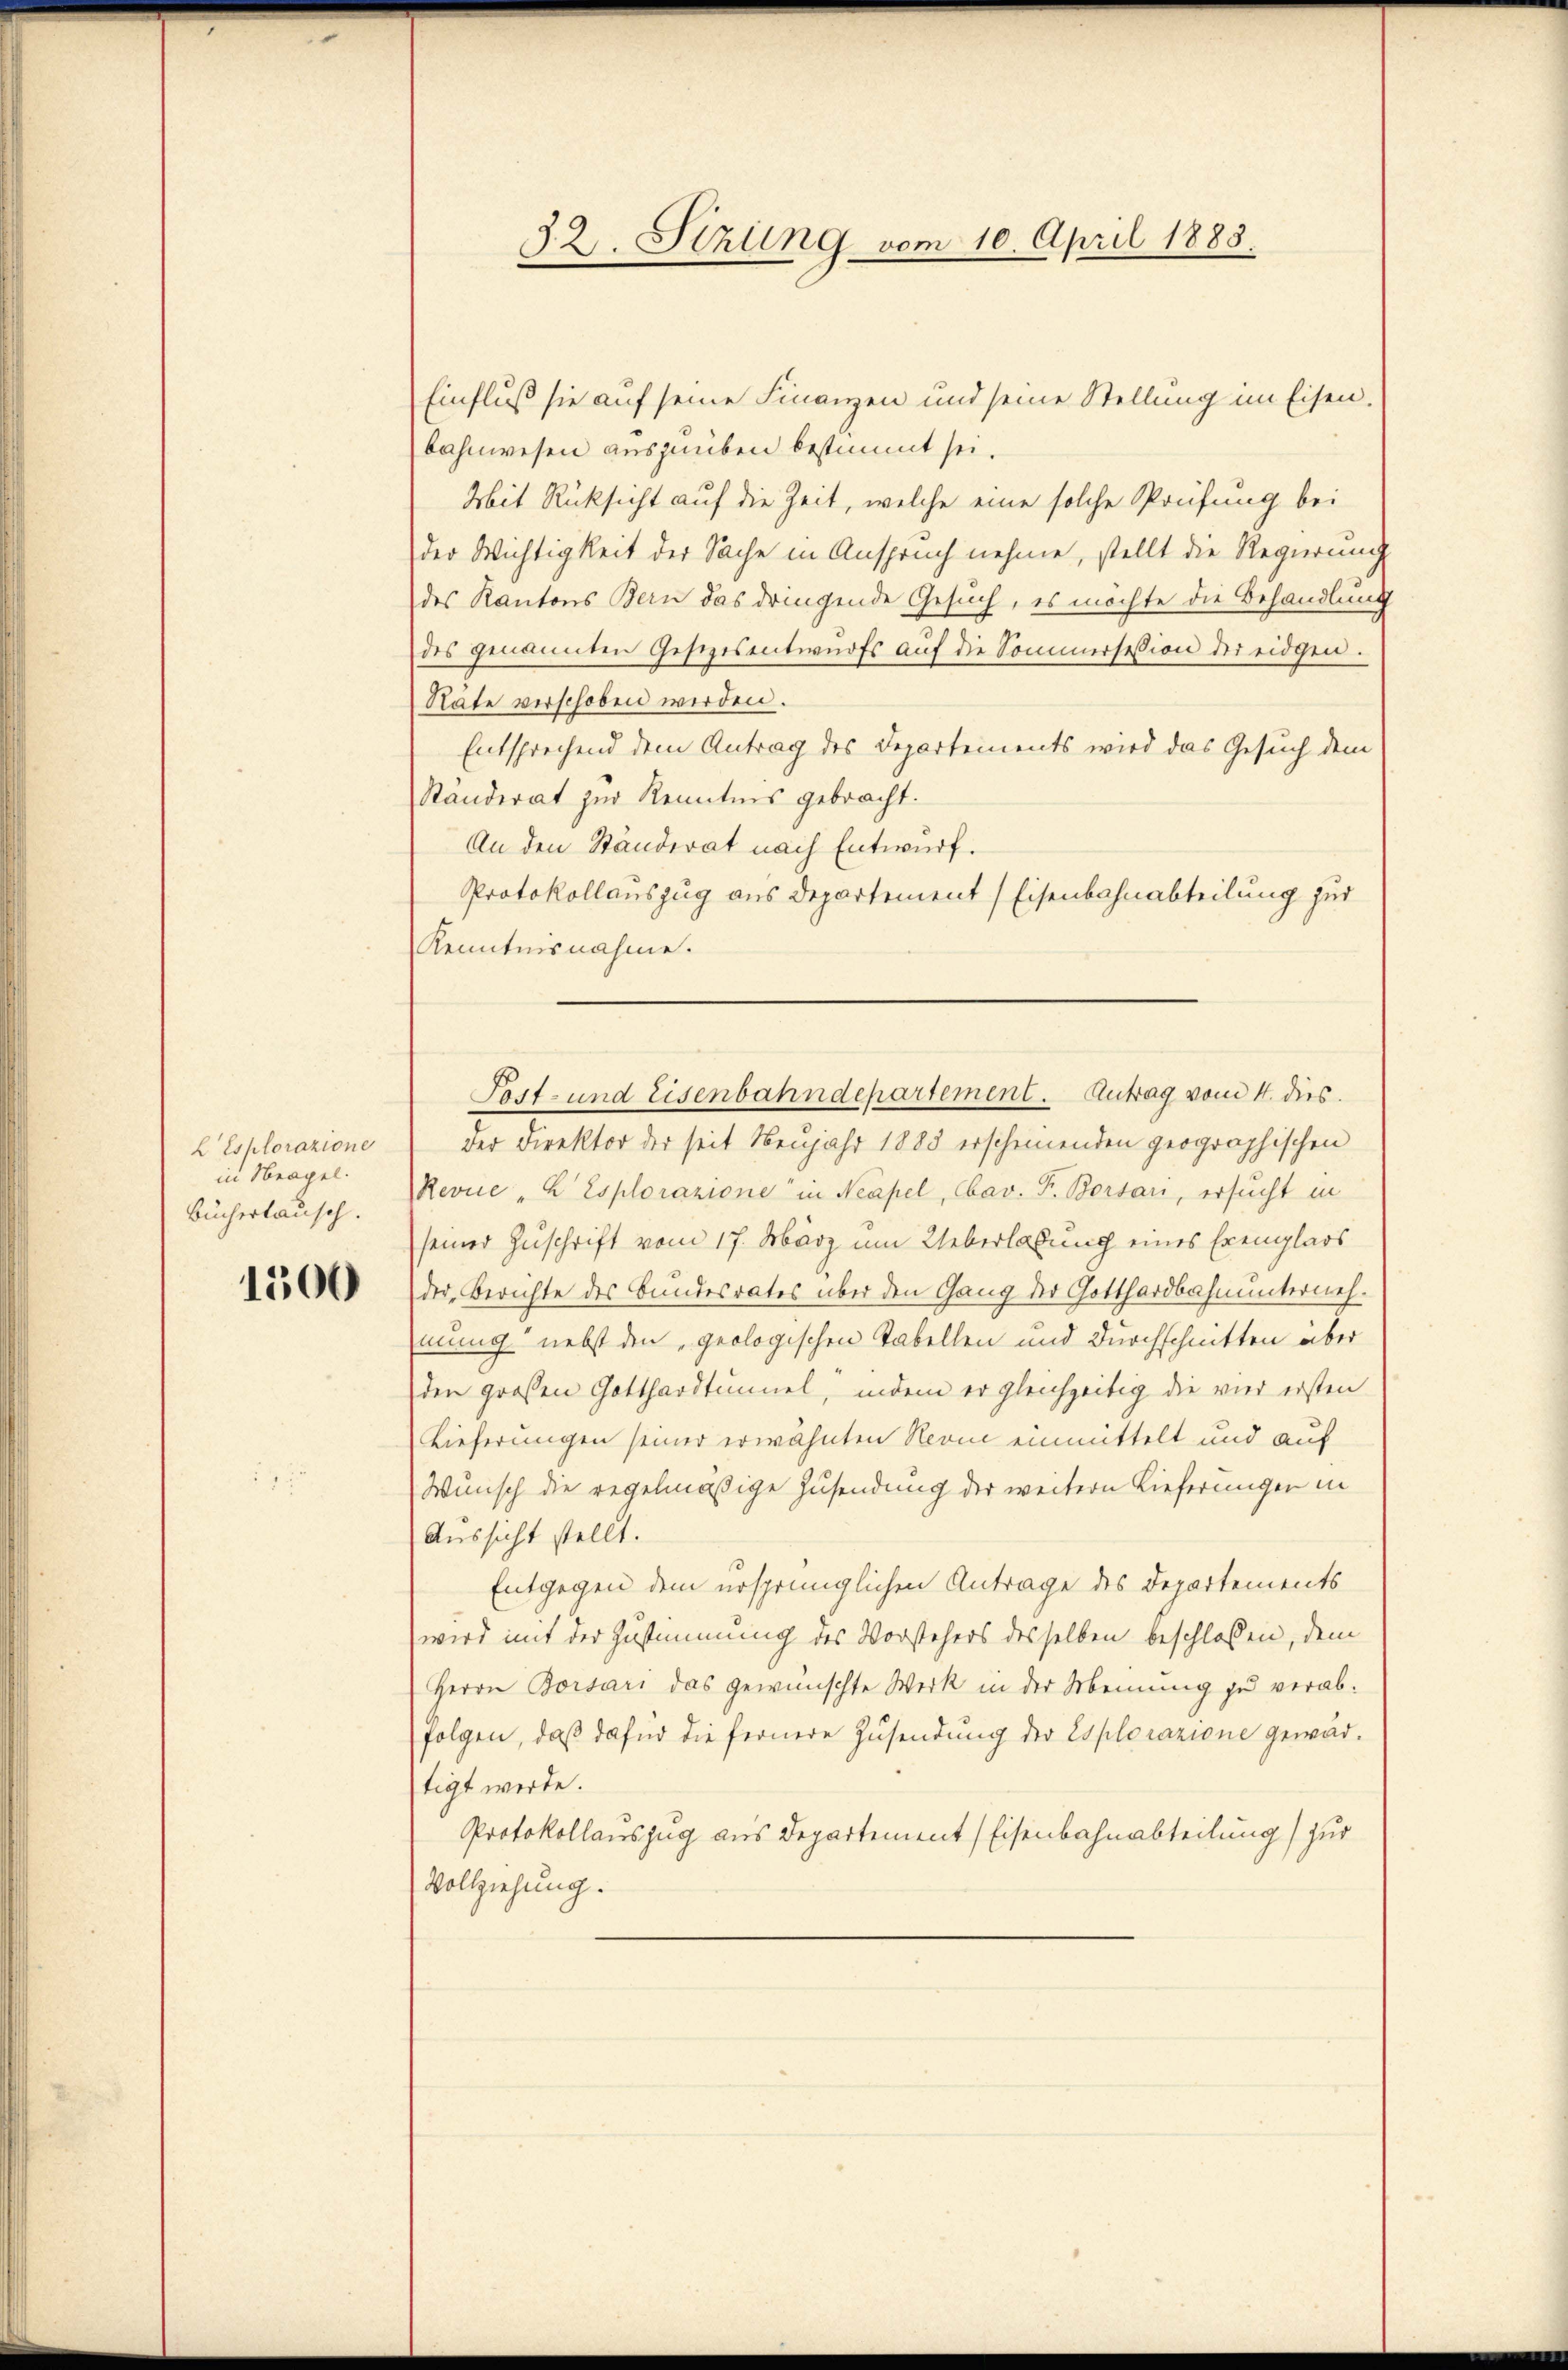
L Esplorazione
in Neapel.
Büchertausch.

1500

32. Stzung vom 10. April 1883.

Einfluß sie auf seine Finanzen und seine Stellung im Eisen.
bahnwesen auszuüben bestimmt sei.
Mit Rücksicht auf die Zeit, welche eine solche Prüfung bei
der Wichtigkeit der Sache in Anspruch nehme, stellt die Regierung
des Kantons Bern das dringende Gesuch, es möchte die Behandlung
des genannten Gesezesentwurfs auf die Sommersession der eidgen.
Rate verschoben werden.
Entsprechend dem Antrag des Departements wird das Gesuch dem
Standerat zur Kenntnis gebracht.
An den Ständerat nach Entwurf.
Protokollauszug aus Departement (Eisenbahnabteilung zur
Kenntnisnahme.
der Direktor der seit Neujahr 1883 erscheinenden geographischen
Revue "K Esplorazione in Neapel, Cbav. F. Borsau, ersucht in
seiner Zuschrift vom 17. März um Ueberlaßung eines Exemplars
der Berichte des Bundesrates über den Gang der Gotthardbahnunternehmung nebst den „geologischen Tabellen und Durchschnitten aber
den großen Gotthardtunnel, indem er gleichzeitig die vier ersten
Lieferungen seiner erwähnten Neone einmittelt und auf
Wunsch die regelmäßige Zusendung der weitern Lieferungen in
Aussicht stellt.
Entgegen dem ursprünglichen Antrage des Departements
wird mit der Zustimmung des Vorstehers desselben beschlossen, dem
Herrn Borsari das gewünschte Werk in der Meinung zu verabfolgen, daß dafür die fernere Zusendung der Esplorazione gewärtigt werde.
Protokollauszug aus Departement (Eisenbahnabteilung) zur
Vollziehung.

Post- und Eisenbahndepartement. Antrag vom 4. dies